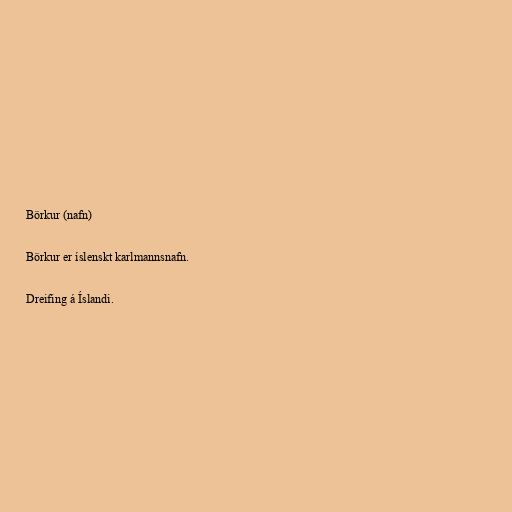
Börkur (nafn)

Börkur er íslenskt karlmannsnafn.

Dreifing á Íslandi.